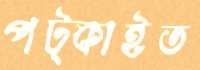
পট্‌কাইত